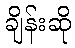
ချိန်းဆို